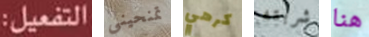
التفعيل: تمنحيني كرهي شربته هنا